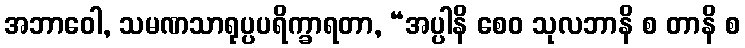
အဘာဝေါ, သမဏသာရုပ္ပပရိက္ခာရတာ, “အပ္ပါနိ စေဝ သုလဘာနိ စ တာနိ စ